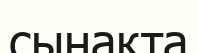
сынақта